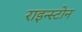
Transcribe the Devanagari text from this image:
राइन्स्टोन